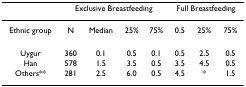
<table><thead><tr><td></td><td colspan="4"><b>Exclusive Breastfeeding</b></td><td colspan="3"><b>Full Breastfeeding</b></td></tr></thead><tbody><tr><td>Ethnic group</td><td>N</td><td>Median</td><td>25%</td><td>75%</td><td>0.5</td><td>25%</td><td>75%</td></tr><tr><td>Uygur</td><td>360</td><td>0.1</td><td>0.5</td><td>0.1</td><td>0.5</td><td>2.5</td><td>0.5</td></tr><tr><td>Han</td><td>578</td><td>1.5</td><td>3.5</td><td>0.5</td><td>3.5</td><td>4.5</td><td>0.5</td></tr><tr><td>Others**</td><td>281</td><td>2.5</td><td>6.0</td><td>0.5</td><td>4.5</td><td>*</td><td>1.5</td></tr></tbody></table>